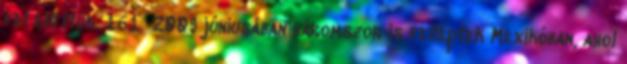
fel előttük. 161 2009 júniusában háromszor is felléptek Mexikóban, ahol